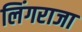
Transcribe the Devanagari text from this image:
लिंगराजा